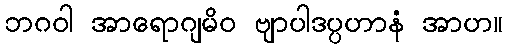
ဘဂဝါ အာရောဂျမိဝ ဗျာပါဒပ္ပဟာနံ အာဟ။